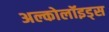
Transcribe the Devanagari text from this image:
अल्कोलॉइड्स